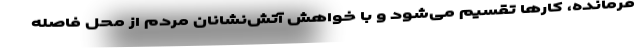
فرمانده، کارها تقسیم می‌شود و با خواهش آتش‌نشانان مردم از محل فاصله